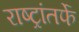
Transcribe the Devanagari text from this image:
राष्ट्रांतर्फे